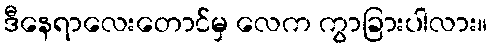
ဒီနေရာလေးတောင်မှ လေက ကွာခြားပါလား။